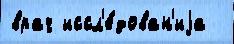
врач иссл'е́дован'иjа